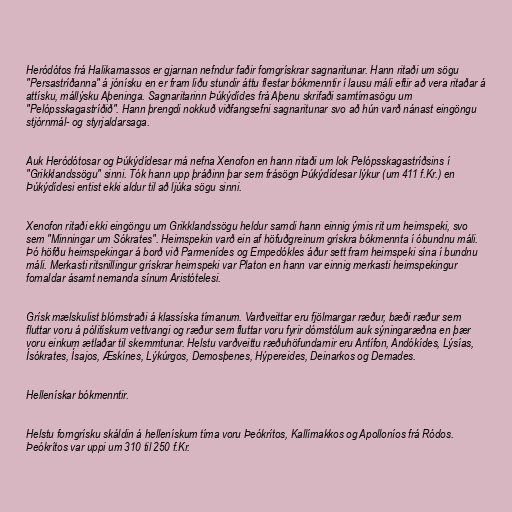
Heródótos frá Halikarnassos er gjarnan nefndur faðir forngrískrar sagnaritunar. Hann ritaði um sögu
"Persastríðanna" á jónísku en er fram liðu stundir áttu flestar bókmenntir í lausu máli eftir að vera ritaðar á
attísku, mállýsku Aþeninga. Sagnaritarinn Þúkýdídes frá Aþenu skrifaði samtímasögu um
"Pelópsskagastríðið". Hann þrengdi nokkuð viðfangsefni sagnaritunar svo að hún varð nánast eingöngu
stjórnmál- og styrjaldarsaga.

Auk Heródótosar og Þúkýdídesar má nefna Xenofon en hann ritaði um lok Pelópsskagastríðsins í
"Grikklandssögu" sinni. Tók hann upp þráðinn þar sem frásögn Þúkýdídesar lýkur (um 411 f.Kr.) en
Þúkýdídesi entist ekki aldur til að ljúka sögu sinni.

Xenofon ritaði ekki eingöngu um Grikklandssögu heldur samdi hann einnig ýmis rit um heimspeki, svo
sem "Minningar um Sókrates". Heimspekin varð ein af höfuðgreinum grískra bókmennta í óbundnu máli.
Þó höfðu heimspekingar á borð við Parmenídes og Empedókles áður sett fram heimspeki sína í bundnu
máli. Merkasti ritsnillingur grískrar heimspeki var Platon en hann var einnig merkasti heimspekingur
fornaldar ásamt nemanda sínum Aristótelesi.

Grísk mælskulist blómstraði á klassíska tímanum. Varðveittar eru fjölmargar ræður, bæði ræður sem
fluttar voru á pólitískum vettvangi og ræður sem fluttar voru fyrir dómstólum auk sýningaræðna en þær
voru einkum ætlaðar til skemmtunar. Helstu varðveittu ræðuhöfundarnir eru Antífon, Andókídes, Lýsías,
Ísókrates, Ísajos, Æskínes, Lýkúrgos, Demosþenes, Hýpereides, Deinarkos og Demades.

Hellenískar bókmenntir.

Helstu forngrísku skáldin á hellenískum tíma voru Þeókrítos, Kallímakkos og Apolloníos frá Ródos.
Þeókrítos var uppi um 310 til 250 f.Kr.